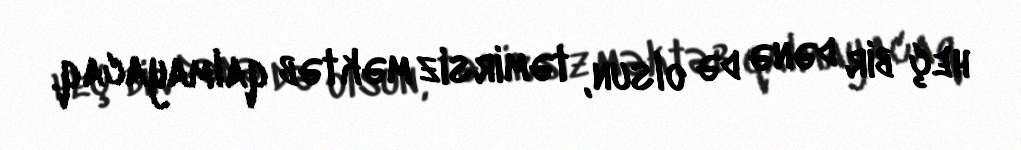
heç bir dənə də olsun, təmirsiz məktəb qalmayacaq.